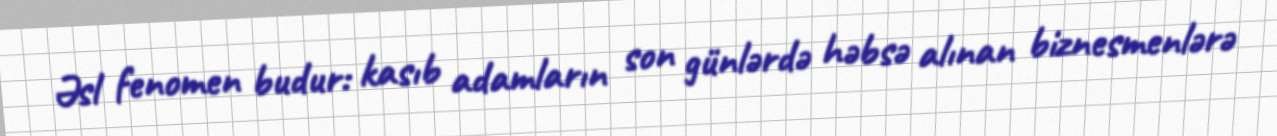
Əsl fenomen budur: kasıb adamların son günlərdə həbsə alınan biznesmenlərə